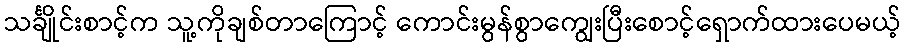
သင်္ချိုင်းစာင့်က သူ့ကိုချစ်တာကြောင့် ကောင်းမွန်စွာကျွေးပြီးစောင့်ရှောက်ထားပေမယ့်